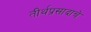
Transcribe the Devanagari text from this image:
तीर्थप्रसादाचे